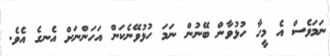
ނަމަވެސް އެ މީހާ ހުޅުވާން ބޭނުން ނަމަ ހުޅުވޭނެކަން އަހަންނަށް އެނގެ އެވެ.